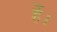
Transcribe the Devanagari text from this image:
र्हे।